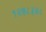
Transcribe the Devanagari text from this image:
१२७८३४८